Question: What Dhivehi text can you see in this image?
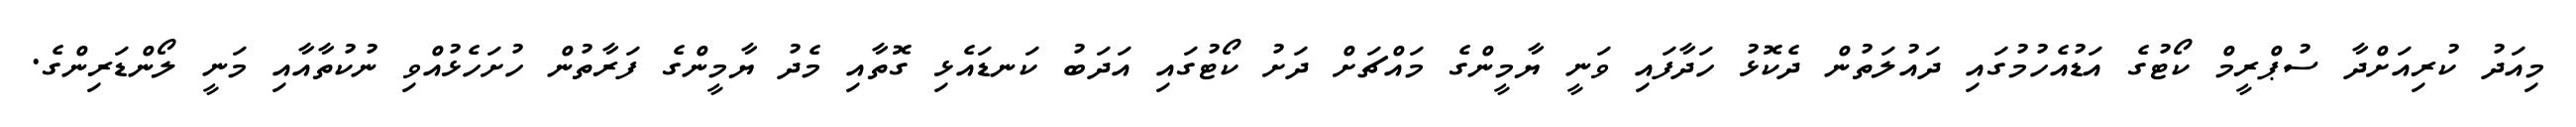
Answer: މިއަދު ކުރިއަށްދާ ސުޕްރީމް ކޯޓުގެ އަޑުއެހުމުގައި ދައުލަތުން ދެކޮޅު ހަދާފައި ވަނީ ޔާމީންގެ މައްޗަށް ދަށު ކޯޓުގައި އަދަބު ކަނޑައެޅި ގޮތާއި މެދު ޔާމީންގެ ފަރާތުން ހުށަހެޅުއްވި ނުކުތާއާއި މަނީ ލޯންޑަރިންގެ.